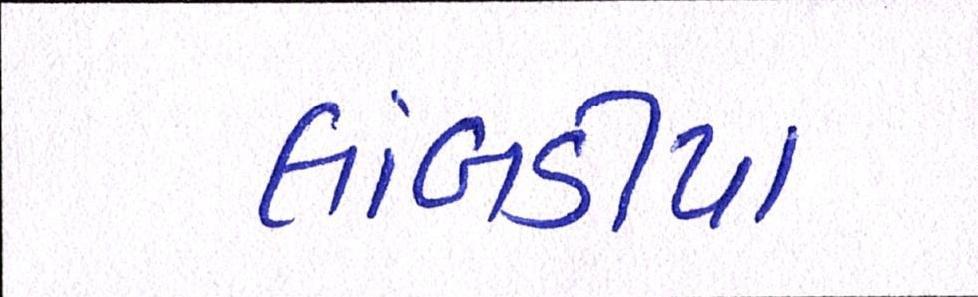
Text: લાંબડીયા